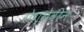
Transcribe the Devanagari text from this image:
रोग्गेवीन